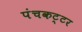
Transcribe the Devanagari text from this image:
पंचकट्टर